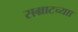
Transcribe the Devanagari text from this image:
सम्राटच्याा